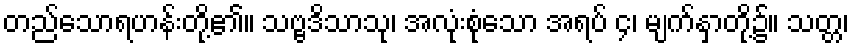
တည်သောရဟန်းတို့၏။ သဗ္ဗဒိသာသု၊ အလုံးစုံသော အရပ် ၄၊ မျက်နှာတို့၌။ သတ္တ၊